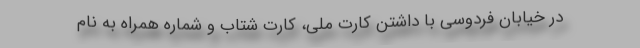
در خیابان فردوسی با داشتن کارت ملی، کارت شتاب و شماره همراه به نام